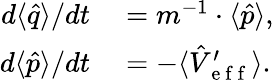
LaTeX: \begin{array}{rl}{d\langle\hat{q}\rangle/dt}&{{}=m^{-1}\cdot\langle\hat{p}\rangle,}\\ {d\langle\hat{p}\rangle/dt}&{{}=-\langle\hat{V}_{\mathrm{~e~f~f~}}^{\prime}\rangle.}\end{array}